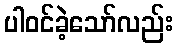
ပါဝင်ခဲ့သော်လည်း